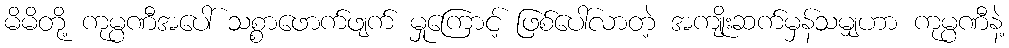
မိမိတို့ ကုမ္ပဏီအပေါ် သစ္စာဖောက်ဖျက် မှုကြောင့် ဖြစ်ပေါ်လာတဲ့ အကျိုးဆက်မှန်သမျှဟာ ကုမ္ပဏီနဲ့